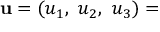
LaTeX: \mathbf { u } = ( u _ { 1 } , \ u _ { 2 } , \ u _ { 3 } ) =